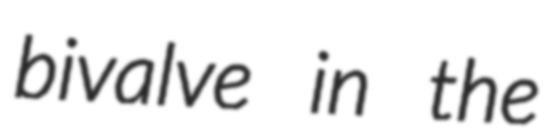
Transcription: bivalve in the